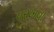
પરખવા